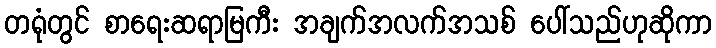
တရုံတွင် စာရေးဆရာမြကီး အချက်အလက်အသစ် ပေါ်သည်ဟုဆိုကာ